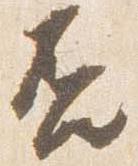
否